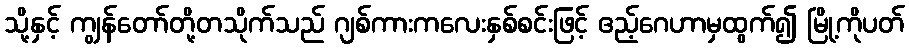
သို့နှင့် ကျွန်တော်တို့တသိုက်သည် ဂျစ်ကားကလေးနှစ်စင်းဖြင့် ဧည့်ဂေဟာမှထွက်၍ မြို့ကိုပတ်